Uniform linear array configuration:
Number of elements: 8
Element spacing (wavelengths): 1
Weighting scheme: binomial
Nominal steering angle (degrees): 45
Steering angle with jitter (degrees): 45.58
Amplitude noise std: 0.05
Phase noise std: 0.05

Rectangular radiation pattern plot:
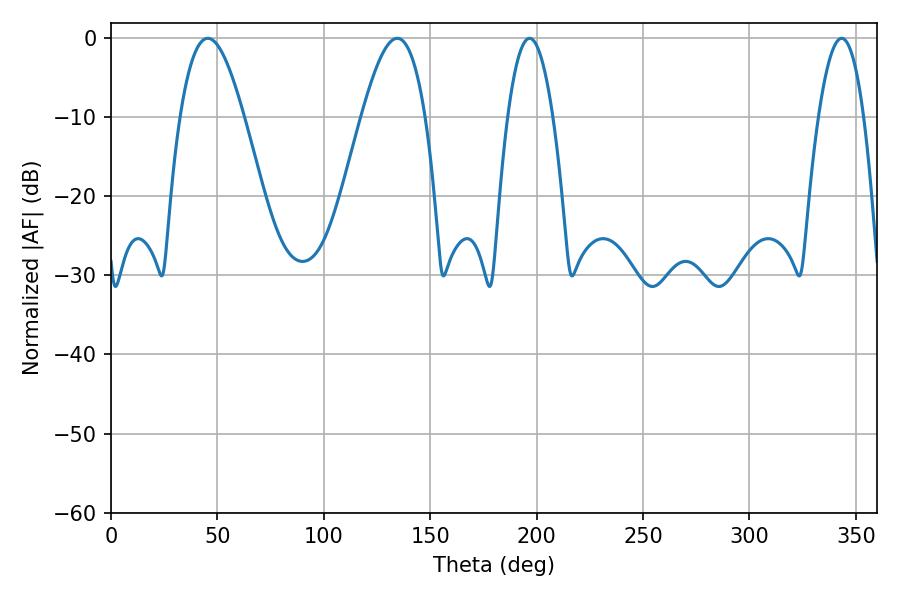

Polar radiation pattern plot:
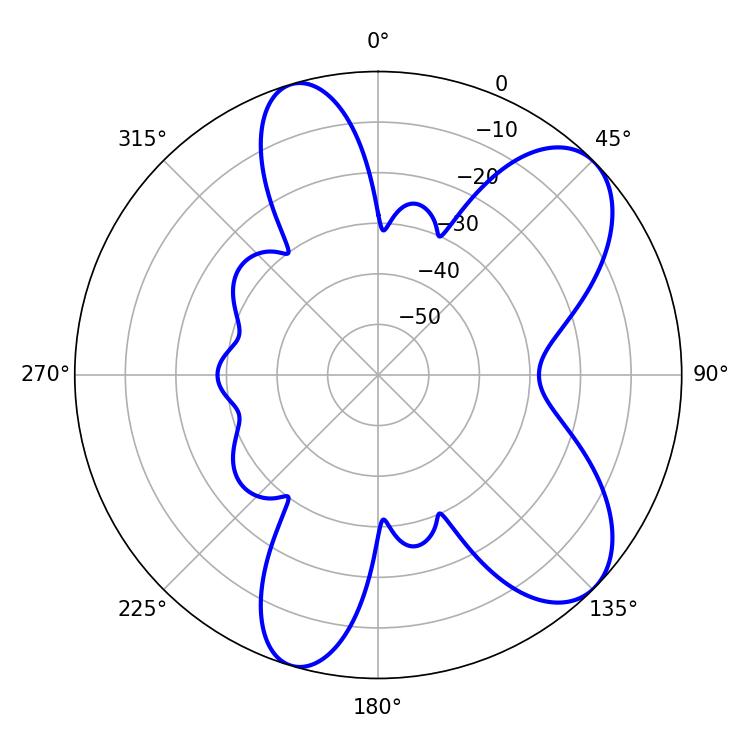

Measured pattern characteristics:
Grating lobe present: TRUE
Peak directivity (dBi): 7.992
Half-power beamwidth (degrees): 16.2
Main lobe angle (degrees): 45.54